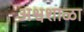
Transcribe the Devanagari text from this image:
अश्वशाळा